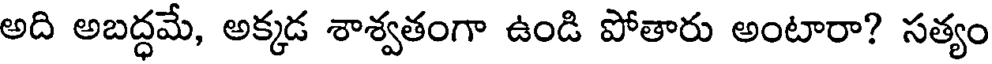
అది అబద్ధమే, అక్కడ శాశ్వతంగా ఉండి పోతారు అంటారా? సత్యం